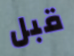
قبل